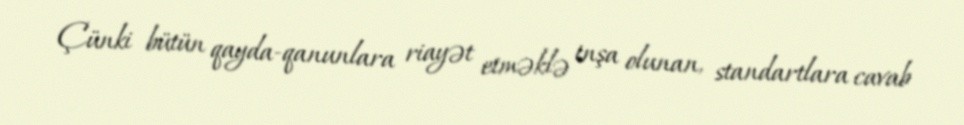
Çünki bütün qayda-qanunlara riayət etməklə inşa olunan, standartlara cavab